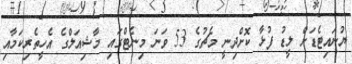
ޔުނައިޓެޑަށް ލީޑު ފުޅާ ކޮށްދިނީ މެޗުގެ 53 ވަނަ މިނެޓްގައި މާޝިއަލްގެ އެހީތެރިކަމާއި